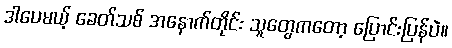
ဒါပေမယ့် ခေတ်သစ် အနောက်တိုင်း သူတွေကတော့ ပြောင်းပြန်ပဲ။